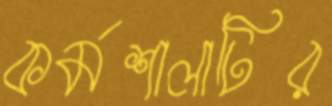
কর্মশালাটির